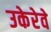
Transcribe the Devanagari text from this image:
उकेरेवे